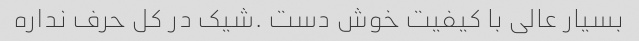
بسیار عالی با کیفیت خوش دست .شیک در کل حرف نداره